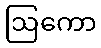
ဩကော